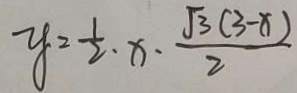
y = \frac { 1 } { 2 } \cdot x \cdot \frac { \sqrt { 3 } ( 3 - x ) } { 2 }